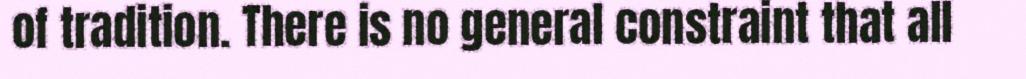
of tradition. There is no general constraint that all